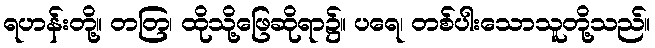
ရဟန်းတို့။ တတြ၊ ထိုသို့ဖြေဆိုရာ၌။ ပရေ၊ တစ်ပါးသောသူတို့သည်။